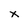
Character: x